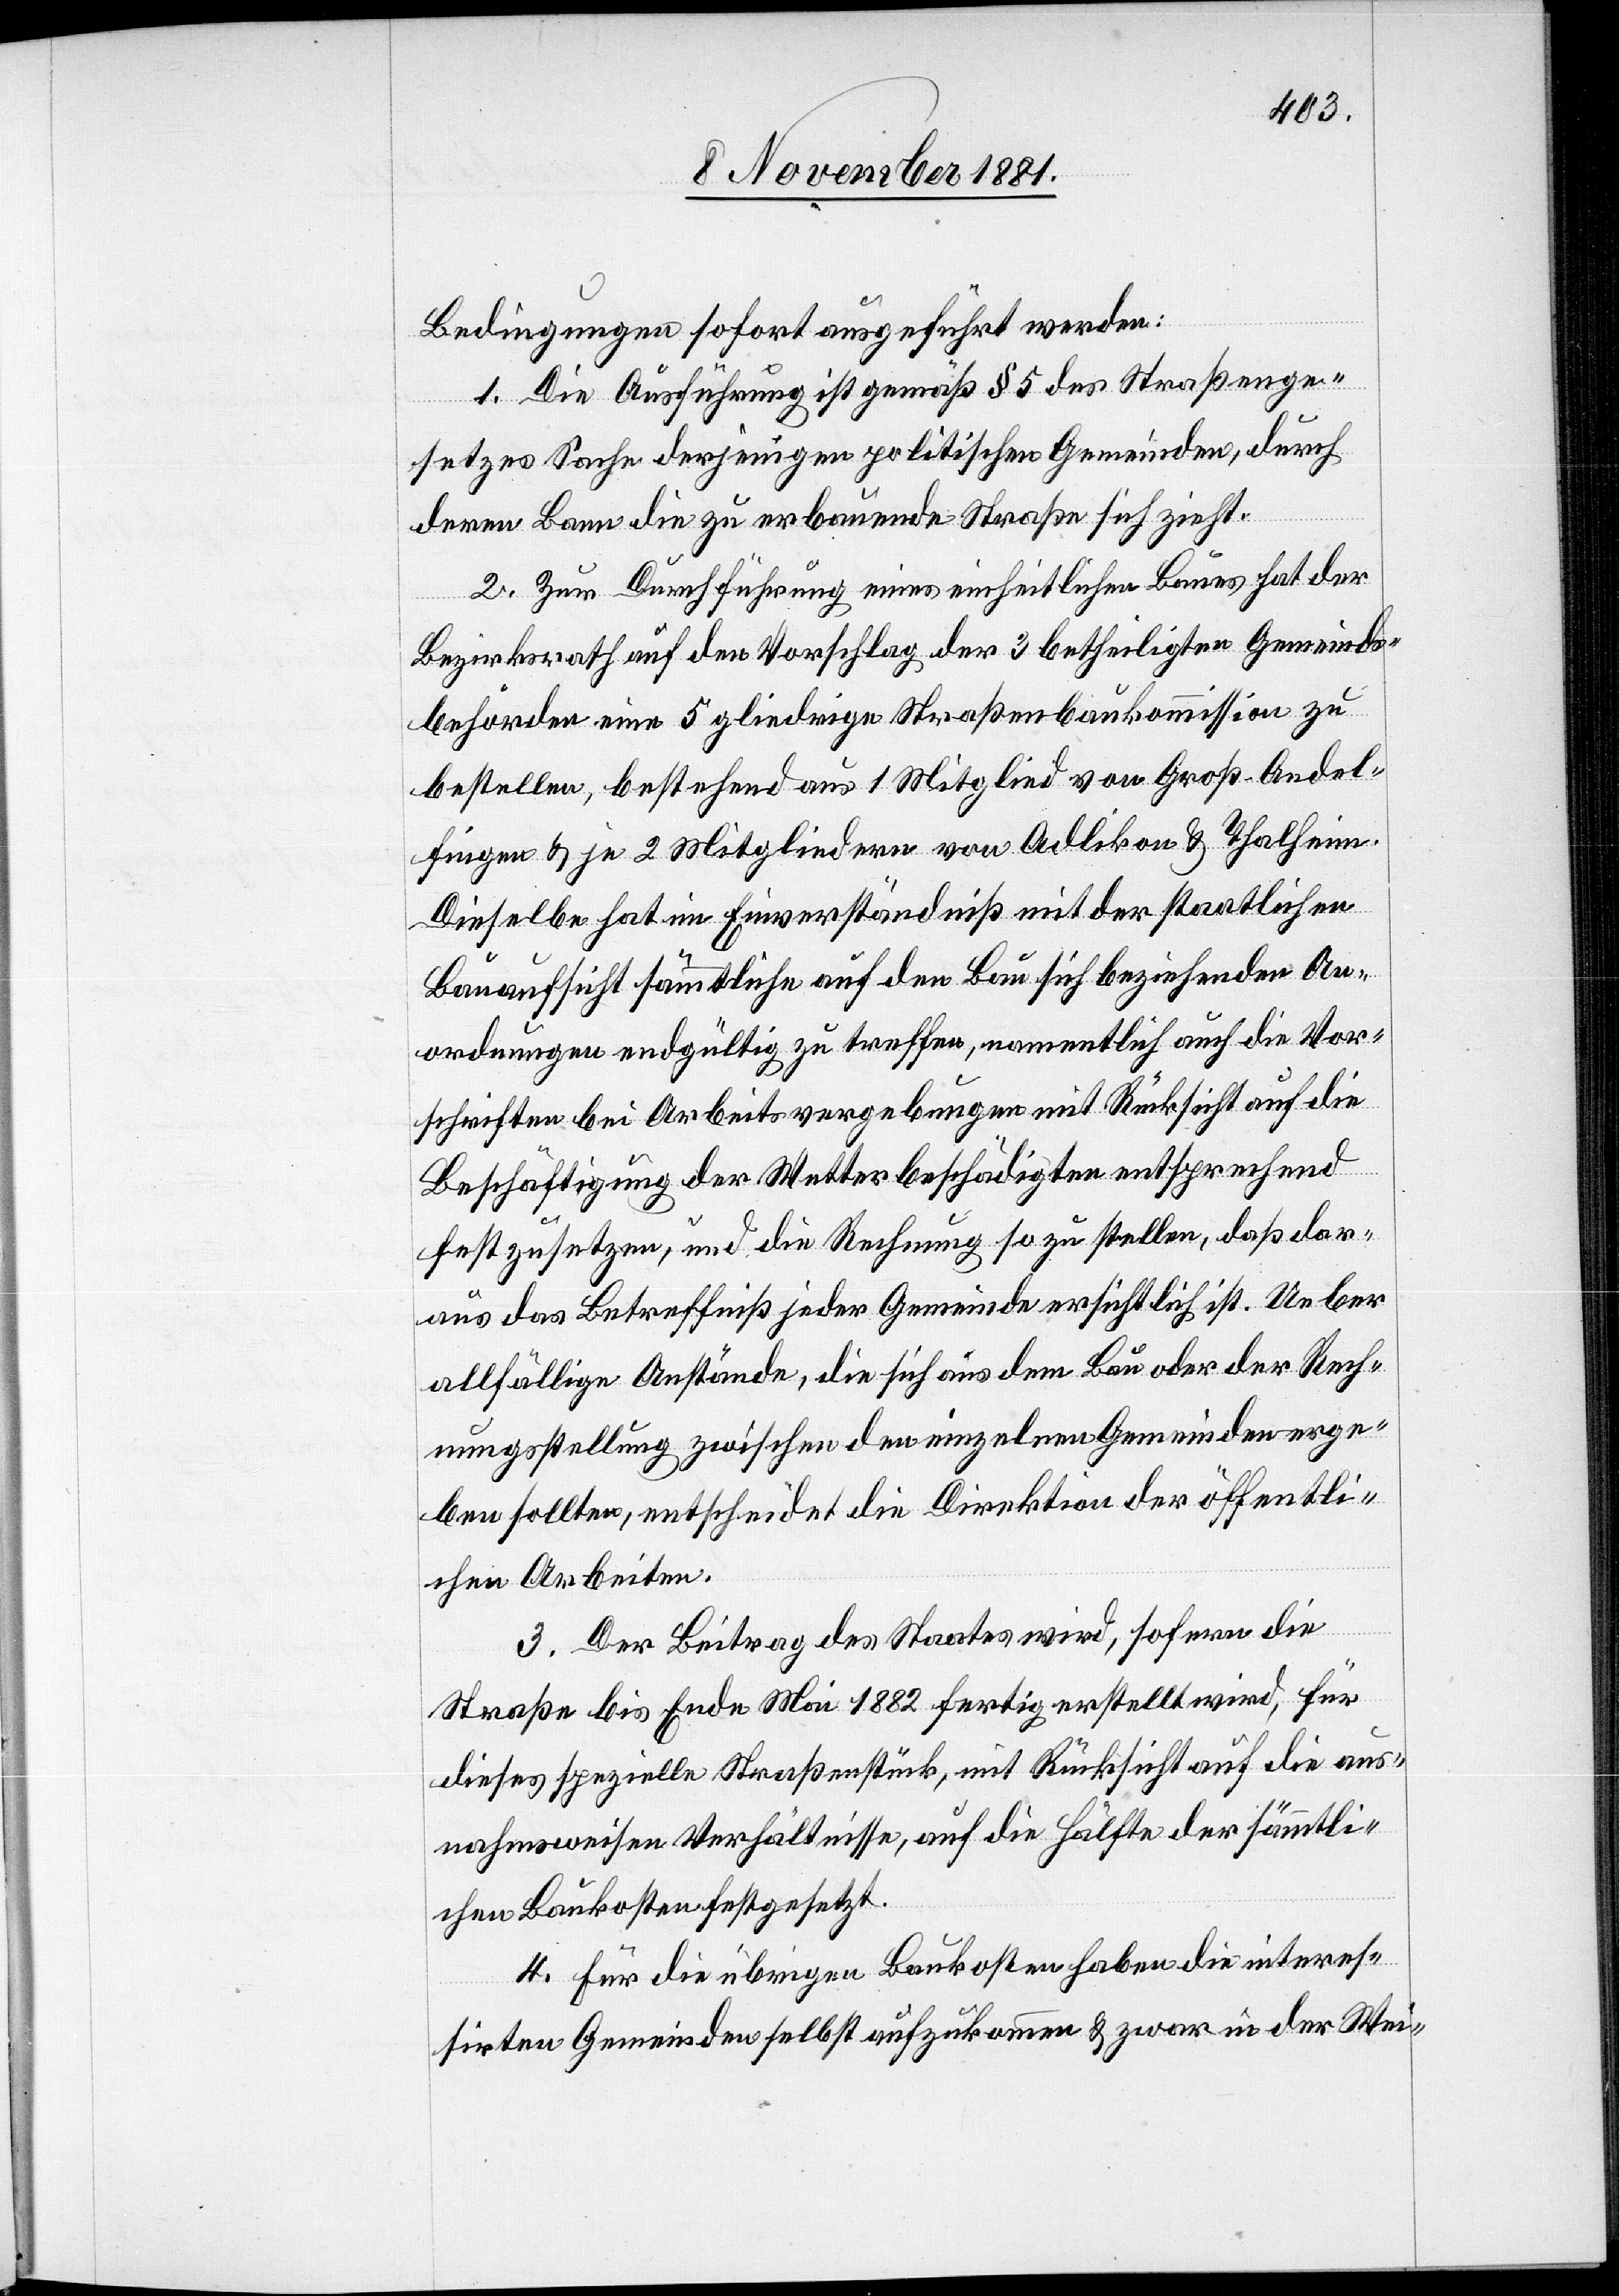
Bedingungen sofort ausgeführt werden:
1. Die Ausführung ist gemäß § 5 des Straßenge¬
setzes Sache derjenigen politischen Gemeinden, durch
deren Bann die zu erbauende Straße sich zieht.
2. Zur Durchführung eines einheitlichen Baues hat der
Bezirksrath auf den Vorschlag der 3 betheiligten Gemeinds¬
behörden eine 5 gliedrige Straßenbaukommission zu
bestellen, bestehend aus 1 Mitglied von Groß-Andel¬
fingen & je 2 Mitgliedern von Adlikon & Thalheim.
Dieselbe hat im Einverständniß mit der staatlichen
Bauaufsicht sämmtliche auf den Bau sich beziehenden An¬
ordnungen endgültig zu treffen, namentlich auch die Vor¬
schriften bei Arbeitsvergebungen mit Rücksicht auf die
Beschäftigung der Wetterbeschädigten entsprechend
festzusetzen, und die Rechnung so zu stellen, daß dar¬
aus das Betreffniß jeder Gemeinde ersichtlich ist. Ueber
allfällige Anstände, die sich aus dem Bau oder der Rech¬
nungsstellung zwischen den einzelnen Gemeinden erge¬
ben sollten, entscheidet die Direktion der öffentli¬
chen Arbeiten.
3. Der Beitrag des Staates wird, sofern die
Straße bis Ende Mai 1882 fertig erstellt wird, für
dieses spezielle Straßenstück, mit Rücksicht auf die aus¬
nahmsweisen Verhältnisse, auf die Hälfte der sämmtli¬
chen Baukosten festgesetzt.
4. Für die übrigen Baukosten haben die interes¬
sirten Gemeinden selbst aufzukommen & zwar in der Wei-